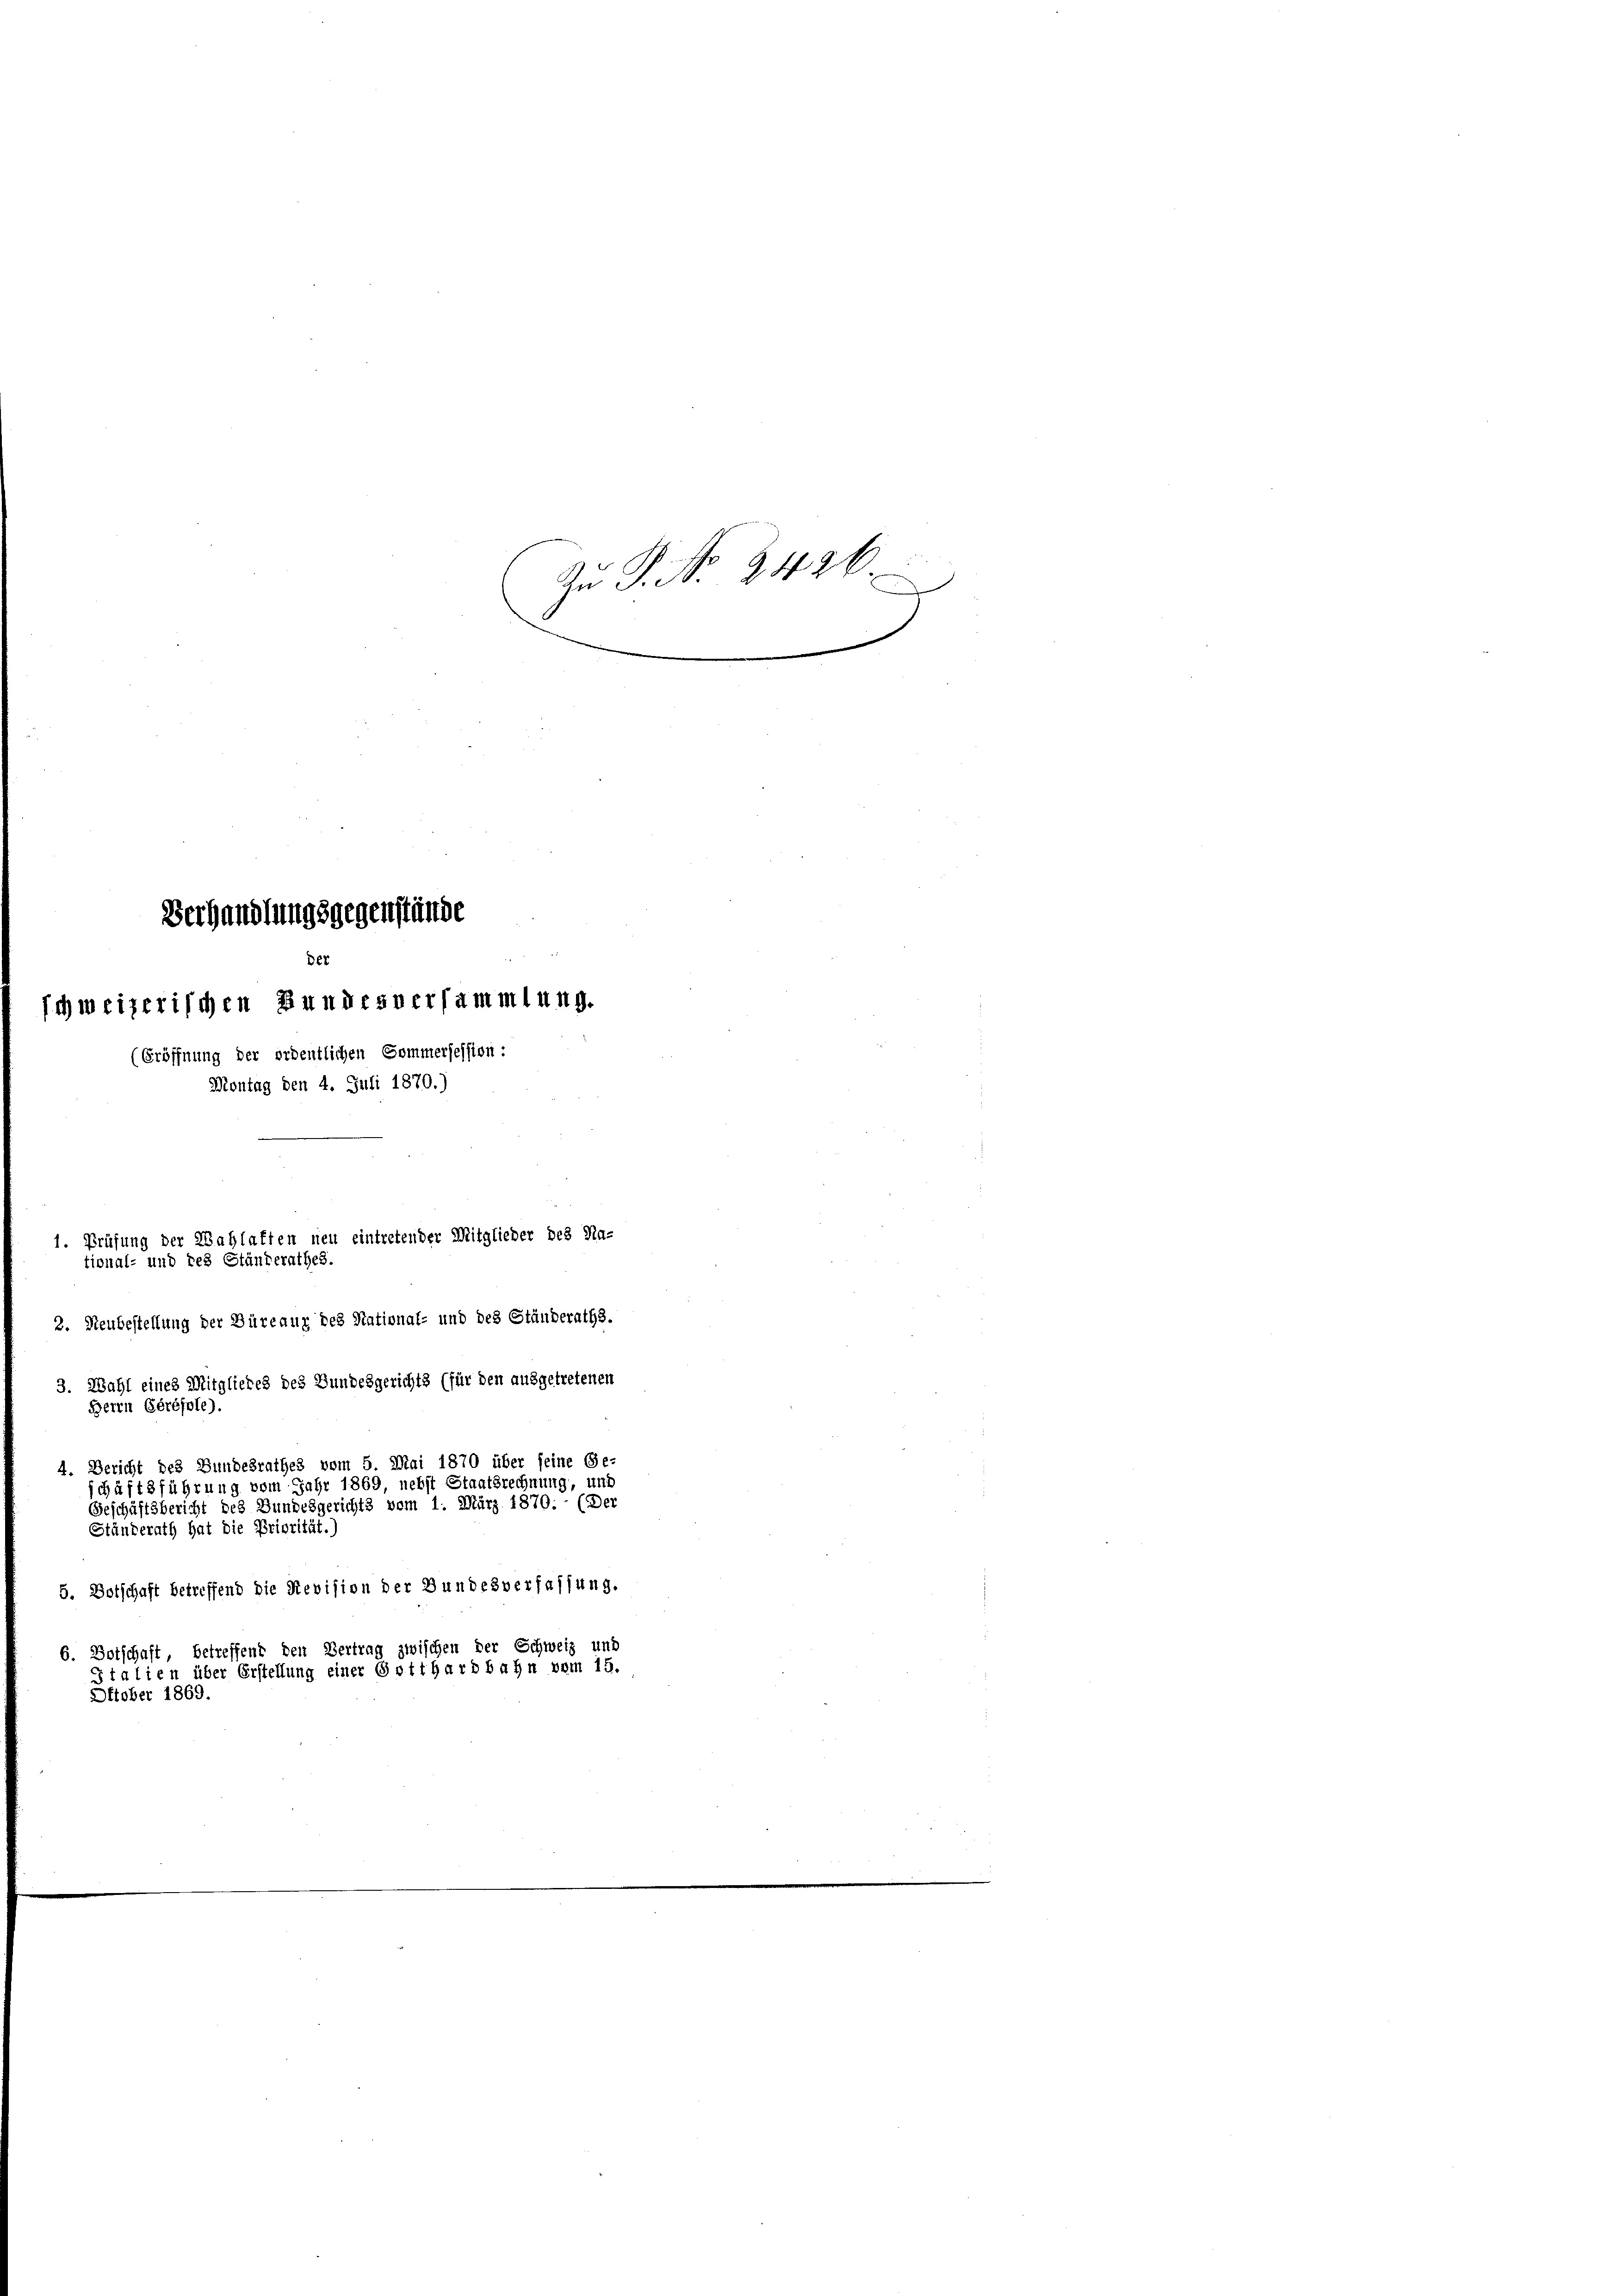
Verhandlungsgegenstände
Der
schweizerischen Bundesversammlung.
(Eröffnung der ordentlichen Sommersession:
Montag den 4. Juli 1870.)
1. Prüfung der Wahlatten neu eintretender Mitglieder des Na-
tional- und des Ständerathes.
2. Neubestellung der Büreaux des National- und des Ständeraths.
3. Wahl eines Mitgliedes des Bundesgerichts (für den ausgetretenen
résole)
Herrn
4. Bericht des Bundesrathes vom 5. Mai 1870 über seine Ge-
schäftsführung vom Jahr 1869 nebst Staatsrechnung, und
Geschäftsbericht des Bundesgerichts vom 1. März 1870. - (Der
Ständerath hat die Priorität.)

Oktober 1869.

Zŭ P. Nr. 2426.
e

5. Botschaft betreffend die Revision der Bundesverfassung.
6. Botschaft, betreffend den Vertrag zwischen der Schweiz und
Italien über Erstellung einer Gotthardbahn vom 15.